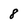
Character: 8